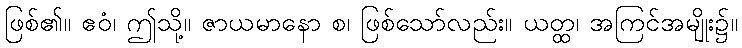
ဖြစ်၏။ ဧဝံ၊ ဤသို့။ ဇာယမာနော စ၊ ဖြစ်သော်လည်း။ ယတ္ထ၊ အကြင်အမျိုး၌။